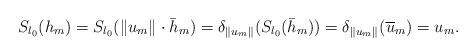
LaTeX: \begin{align*}S_{l_{0}}(h_{m})=S_{l_{0}}(\|u_{m}\|_{}\cdot\bar{h}_{m})=\delta_{\|u_{m}\|_{}}(S_{l_{0}}(\bar{h}_{m}))=\delta_{\|u_{m}\|_{}}(\overline{u}_{m})=u_{m}.\end{align*}